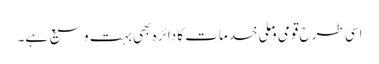
اسی طرح قومی وملی خدمات کا دائرہ بھی بہت وسیع ہے۔